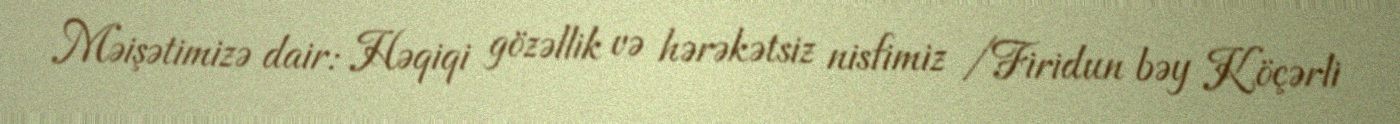
Məişətimizə dair: Həqiqi gözəllik və hərəkətsiz nisfimiz /Firidun bəy Köçərli